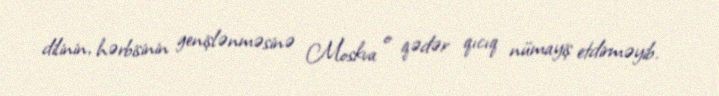
dilinin, hərbisinin genişlənməsinə Moskva o qədər qıcıq nümayiş etdirməyib.